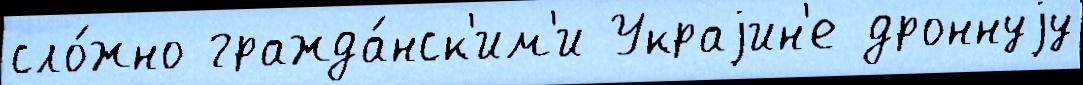
сло́жно гражда́нск'им'и Украjин'е дроннуjу